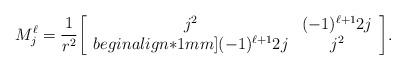
LaTeX: \begin{align*}{M_j^\ell}=\frac{1}{r^2}{\left[ \begin{array}{ccc}j^2& (-1)^{\ell+1}2j\\begin{align*}1mm](-1)^{\ell+1}2j & j^2\\\end{array}\right ]}.\end{align*}